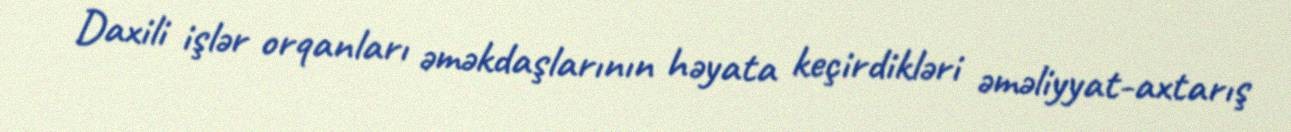
Daxili işlər orqanları əməkdaşlarının həyata keçirdikləri əməliyyat-axtarış